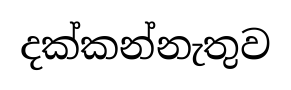
දක්කන්නැතුව